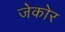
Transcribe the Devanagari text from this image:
जेकोर